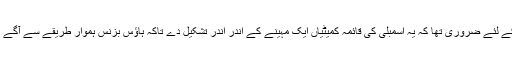
اس ایوان کے لئے ضروری تھا کہ یہ اسمبلی کی قائمہ کمیٹیاں ایک مہینے کے اندر اندر تشکیل دے تاکہ ہاؤس بزنس ہموار طریقے سے آگے بڑھ سکے۔